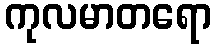
ကုလမာတရော